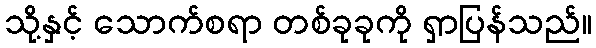
သို့နှင့် သောက်စရာ တစ်ခုခုကို ရှာပြန်သည်။